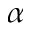
\alpha